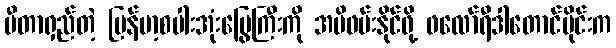
မီတာရှည်တဲ့ မြန်မာ့စပါးအုံးမြွေကြီးကို အမိဖမ်းနိုင်ဖို့ ဖလော်ရီဒါတောင်ပိုင်းက